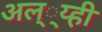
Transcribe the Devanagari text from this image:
अल््य्ही